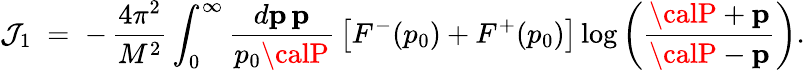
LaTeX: \mathcal{J}_{1}\; =\; -\, {\displaystyle{\frac{{4\pi^{2}}}{{M^{2}}}}}\int_{0}^{\infty}{\displaystyle{\frac{{d{\mathbf{p}}\, {\mathbf{p}}}}{{p_{0}{\calP}}}}}\left[F^{-}(p_{0})+F^{+}(p_{0})\right]\log\left({\displaystyle{\frac{{{\calP}+{\mathbf{p}}}}{{{\calP}-{\mathbf{p}}}}}}\right).